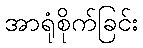
အာရုံစိုက်ခြင်း